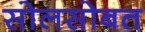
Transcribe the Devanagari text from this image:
सोलसोबत